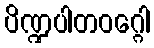
ပိဏ္ဍပါတဝဂ္ဂေါ